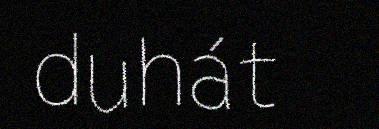
duhát